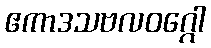
ဧကာဒသဗလဝဂ္ဂေါ